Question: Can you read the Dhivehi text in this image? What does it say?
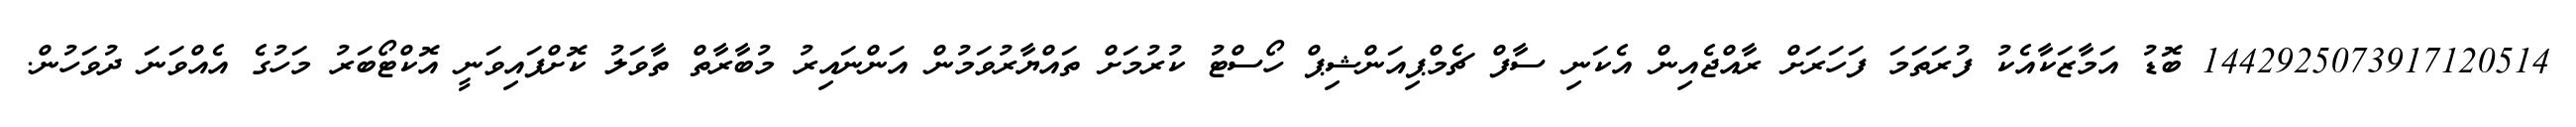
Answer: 1442925073917120514 ބޮޑު އަމާޒަކާއެކު ފުރަތަމަ ފަހަރަށް ރާއްޖެއިން އެކަނި ސާފް ޗެމްޕިއަންޝިޕް ހޯސްޓު ކުރުމަށް ތައްޔާރުވަމުން އަންނައިރު މުބާރާތް ތާވަލު ކޮށްފައިވަނީ އޮކްޓޯބަރު މަހުގެ އެއްވަނަ ދުވަހުން.